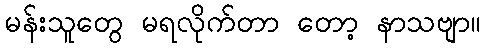
မန်းသူတွေ မရလိုက်တာ တော့ နာသဗျာ။